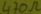
Text: 470Ω